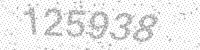
Solution: 125938